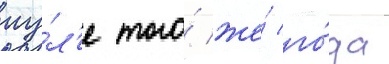
иу́л'е того́ же́ го́да